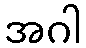
အဂါ